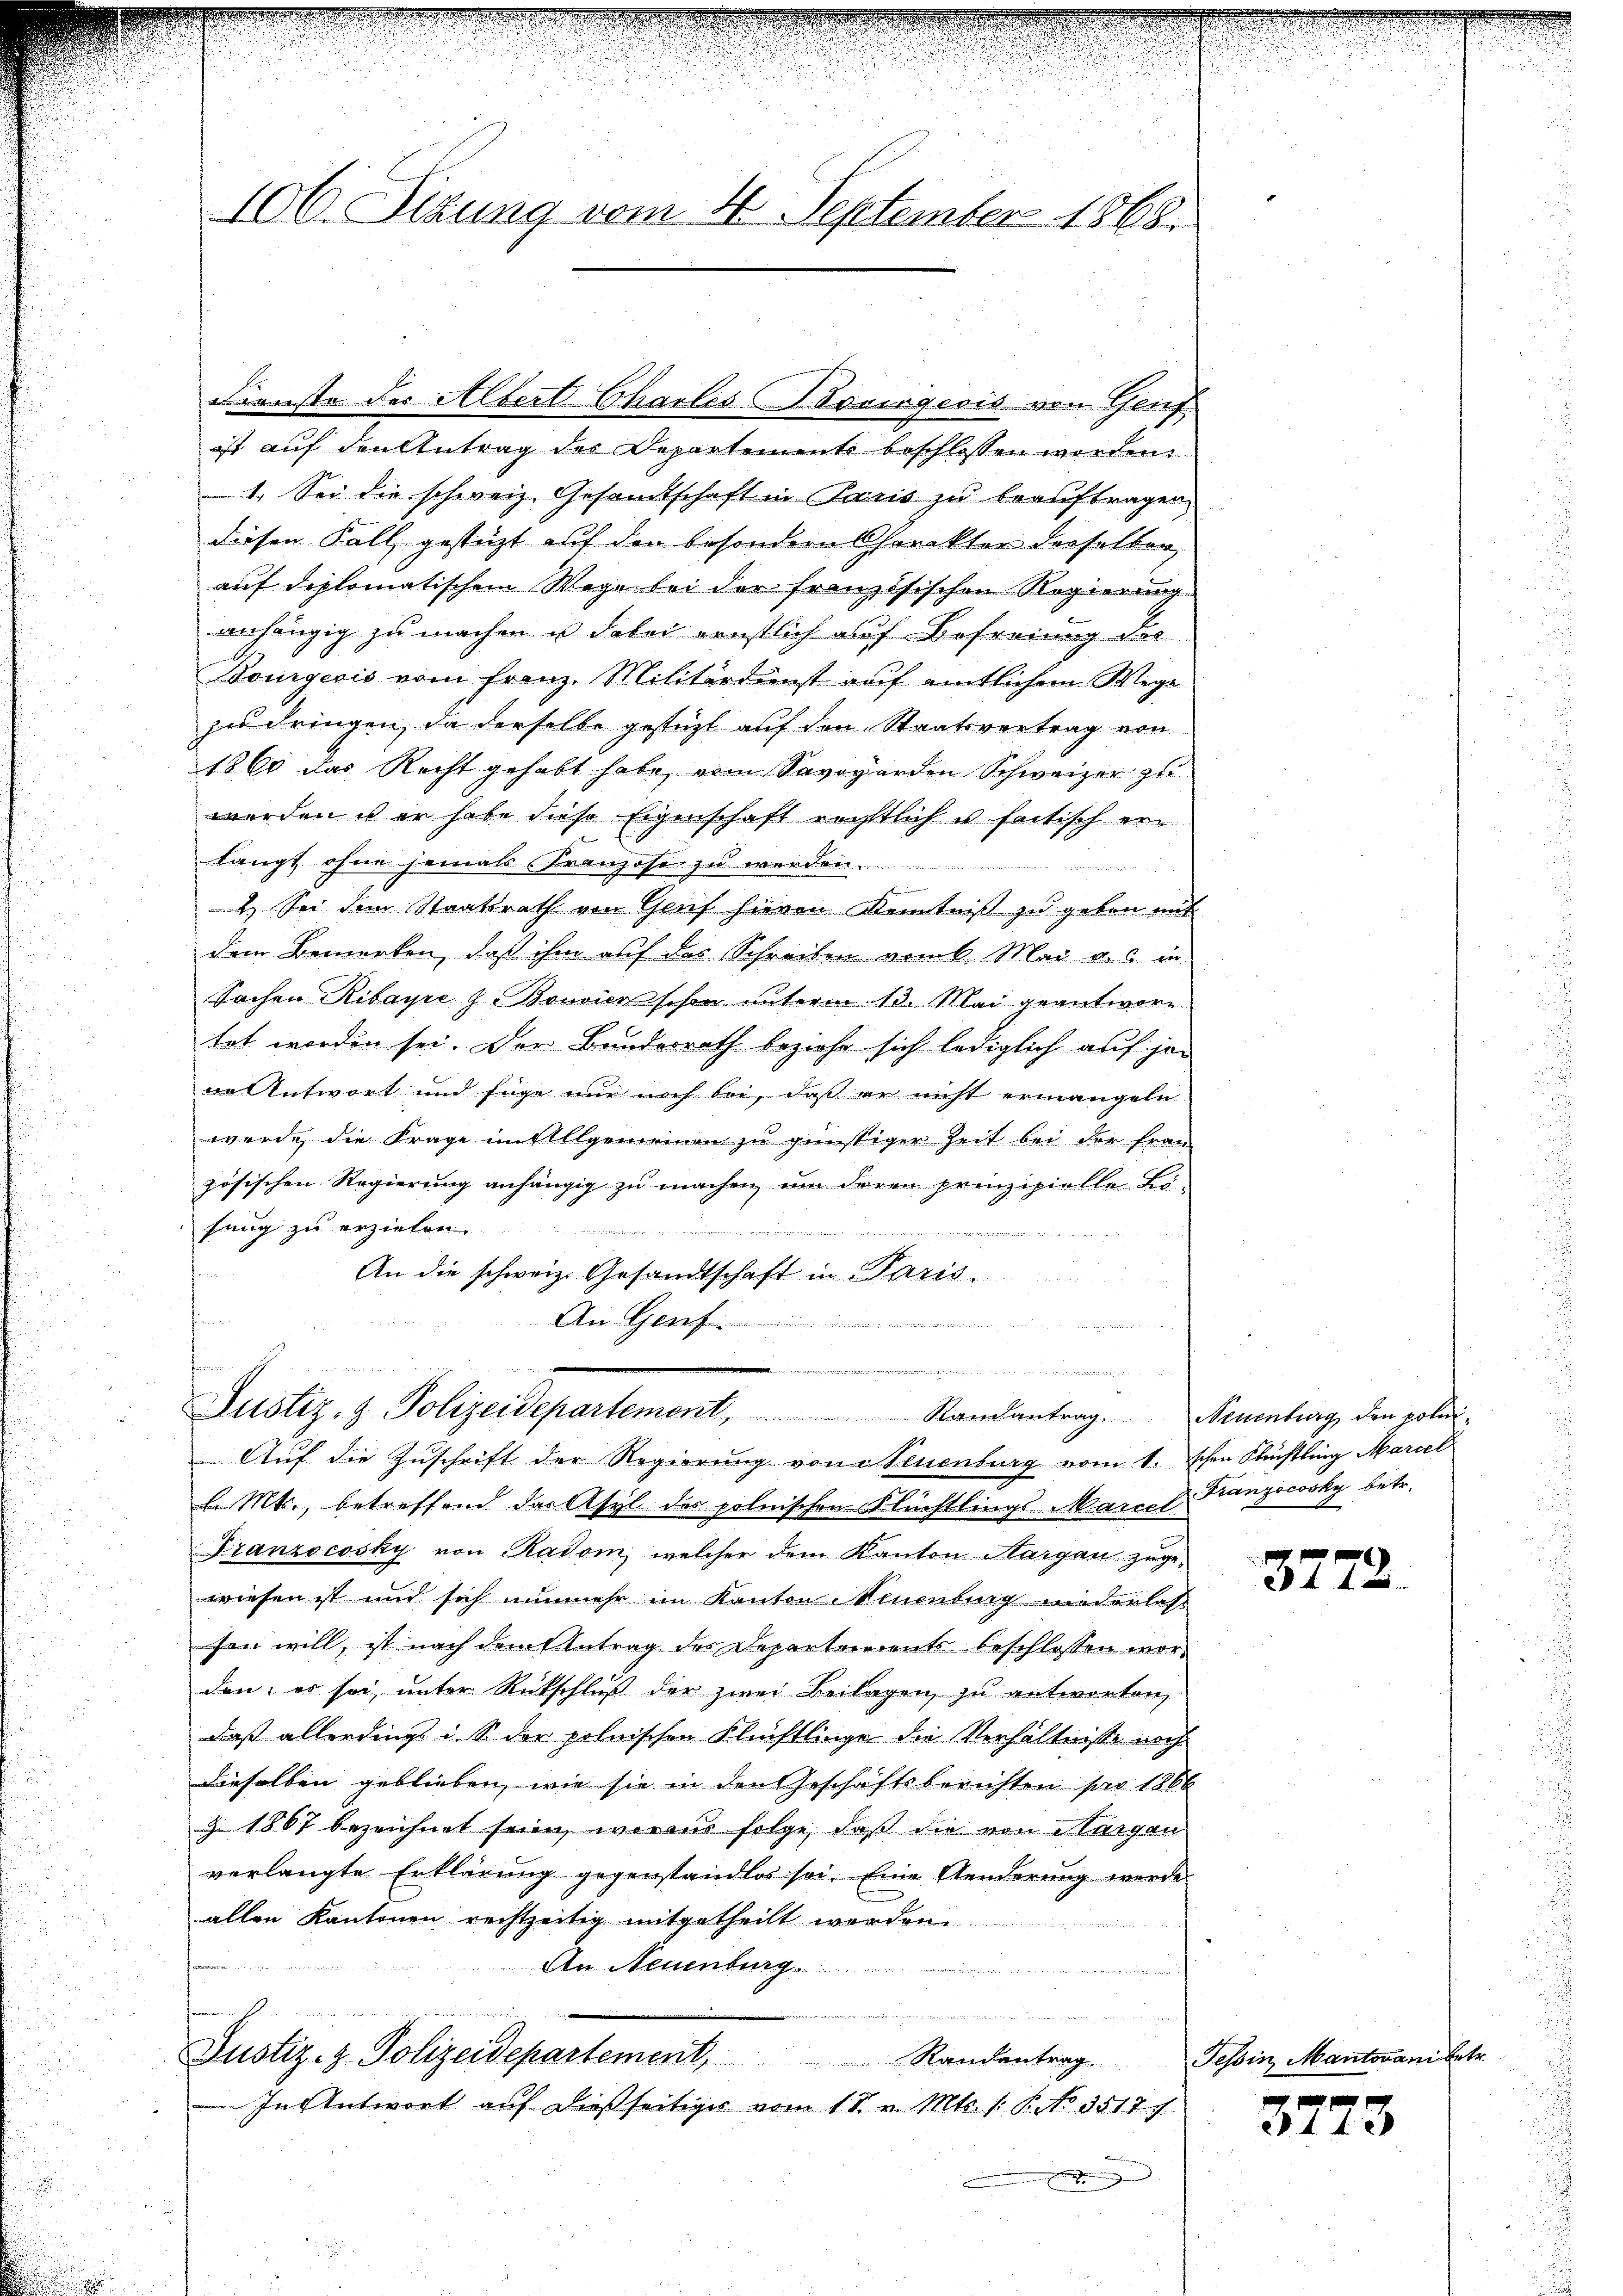
Dienste des Albert Charles Bovingeris von Genf
ist auf den Antrag des Departemente beschlossen worden
1. Sei die schweiz. Gesamtschaft in Paris zu trauftragen
diesen Fall, gestüzt auf den besondern Charakter derselben,
auf diplomatischem Wege bei der französischen Regierung
anhängig zu machen u dabei ernstlich auf Befreiung der
Bourgeois vom Franz. Militärdienst auf amtlichem Wege
zu dringen, da derselbe gestüzt auf den Staatsvertrag von
1860 das Recht gehabt habe, vom Savogerden Schweizer zu
werden u er habe diese Eigenschaft rechtlich u seitisch erlangt ohne jemals Franzose zu werden.
e
4. Sei dem Staatsrath von Genf hievon Kenntniß zu geben mit
dem Bemerken, daß ihm auf das Schreiben vom 6. Mai aus in
Sachen Ribayre & Bonvier schon unterm 13. Mai geantwortet worden sei. Der Bundesrath beziehe sich lediglich auf jen
ne Antwort und füge nur noch bei, daß er nicht ermangeln.
wurde die Frage in Allgemeinen zu günstiger Zeit bei der Frau
zösischen Regierung anhängig zu machen, um deren prinzipielle Lösung zu erzielen.
een und
An die schweiz. Gesandtschaft in Paris.
An Graf

106. Sizung vom 16. September 1868.

Justiz- & Polizeidepartement,  ..  ..  ..  Randantrag.

Aŭf die Zŭschrift der Regierŭng von Neuenburg vom 1. schon Flüchtling Mariel
l. Mts., betreffend das Asyl des polnischen Flüchtlings Marcel
Franzocosky von Radom, welcher dem Kanton Aargau zugewiesen ist und sich nunmehr im Kanton Neuenburg niederlass
sen will, ist nach dem Antrag des Departerrent beschlossen worden, er sei ŭnter Rückschlŭβ der zwei Beilagen zu antworten,
daß allerdings i. S. der polnischen Flüchtlinge die Verhältnisse noch
dieselben geblieben, wie sie in den Geschäftsberichten pro 1866
§ 1867 bezeichnet seien, woraus folge, daß die von Vargau
verlangte Erklärung gegenstandlos sei. Eine Aenderŭng werde
allen Kantonen rechtzeitig mitgetheilt werden.
An Neuenburg.
Justiz- & Polizeidepartement, Randentrag. Tessin, Mantovani betr.
In Antwort auf dießseitiger vom 18. v. Mts. 1. P. No. 35177
e

Neuenburg, den polni¬
Franzocosky betr.

3772.

3773